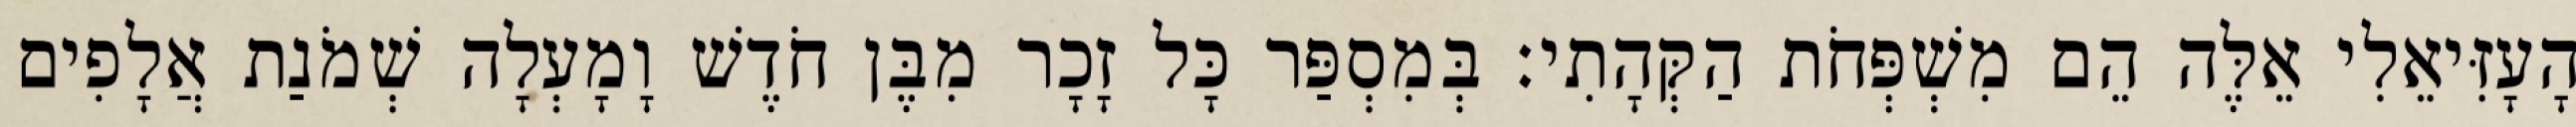
הָעָזִּיאֵלִי אֵלֶּה הֵם מִשְׁפְּחֹת הַקְּהָתִי׃ בְּמִסְפַּר כָּל זָכָר מִבֶּן חֹדֶשׁ וָמָעְלָה שְׁמֹנַת אֲלָפִים